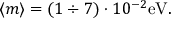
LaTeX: \langle m \rangle = ( 1 \div 7 ) \cdot 1 0 ^ { - 2 } \mathrm { e V } .